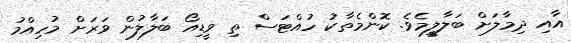
އާއި ދިމާލަށް ބަލާލީމެވެ. ކޮންމެތާކު ހުއްޓަސް ތި ވީޑިއޯ ބަލާލުން ވަރަށް މުހިއްމު